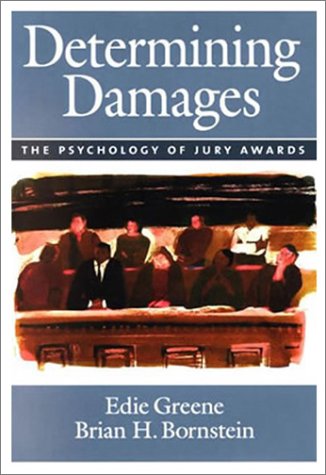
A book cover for Determining Damages: The Psychology of Jury Awards (Law and Public Policy); Edie Greene; Law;